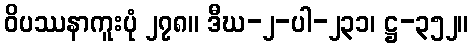
ဝိပဿနာကူးပုံ ၂၇၈။ ဒီဃ-၂-ပါ-၂၃၁၊ ဋ္ဌ-၃၅၂။